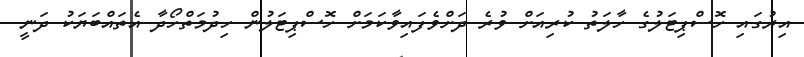
އިރުގައި ހޮސްޕިޓަލުގެ ހާލަތު ކުރިއަށް ވުރެ ދަށްވެފައިވާކަމަށް ހޮސްޕިޓަލުން ހިދުމަތްހޯދާ އެތައްބަަޔަކު ދަނީ